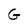
Character: G